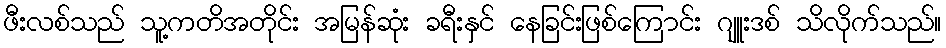
ဖီးလစ်သည် သူ့ကတိအတိုင်း အမြန်ဆုံး ခရီးနှင် နေခြင်းဖြစ်ကြောင်း ဂျူးဒစ် သိလိုက်သည်။